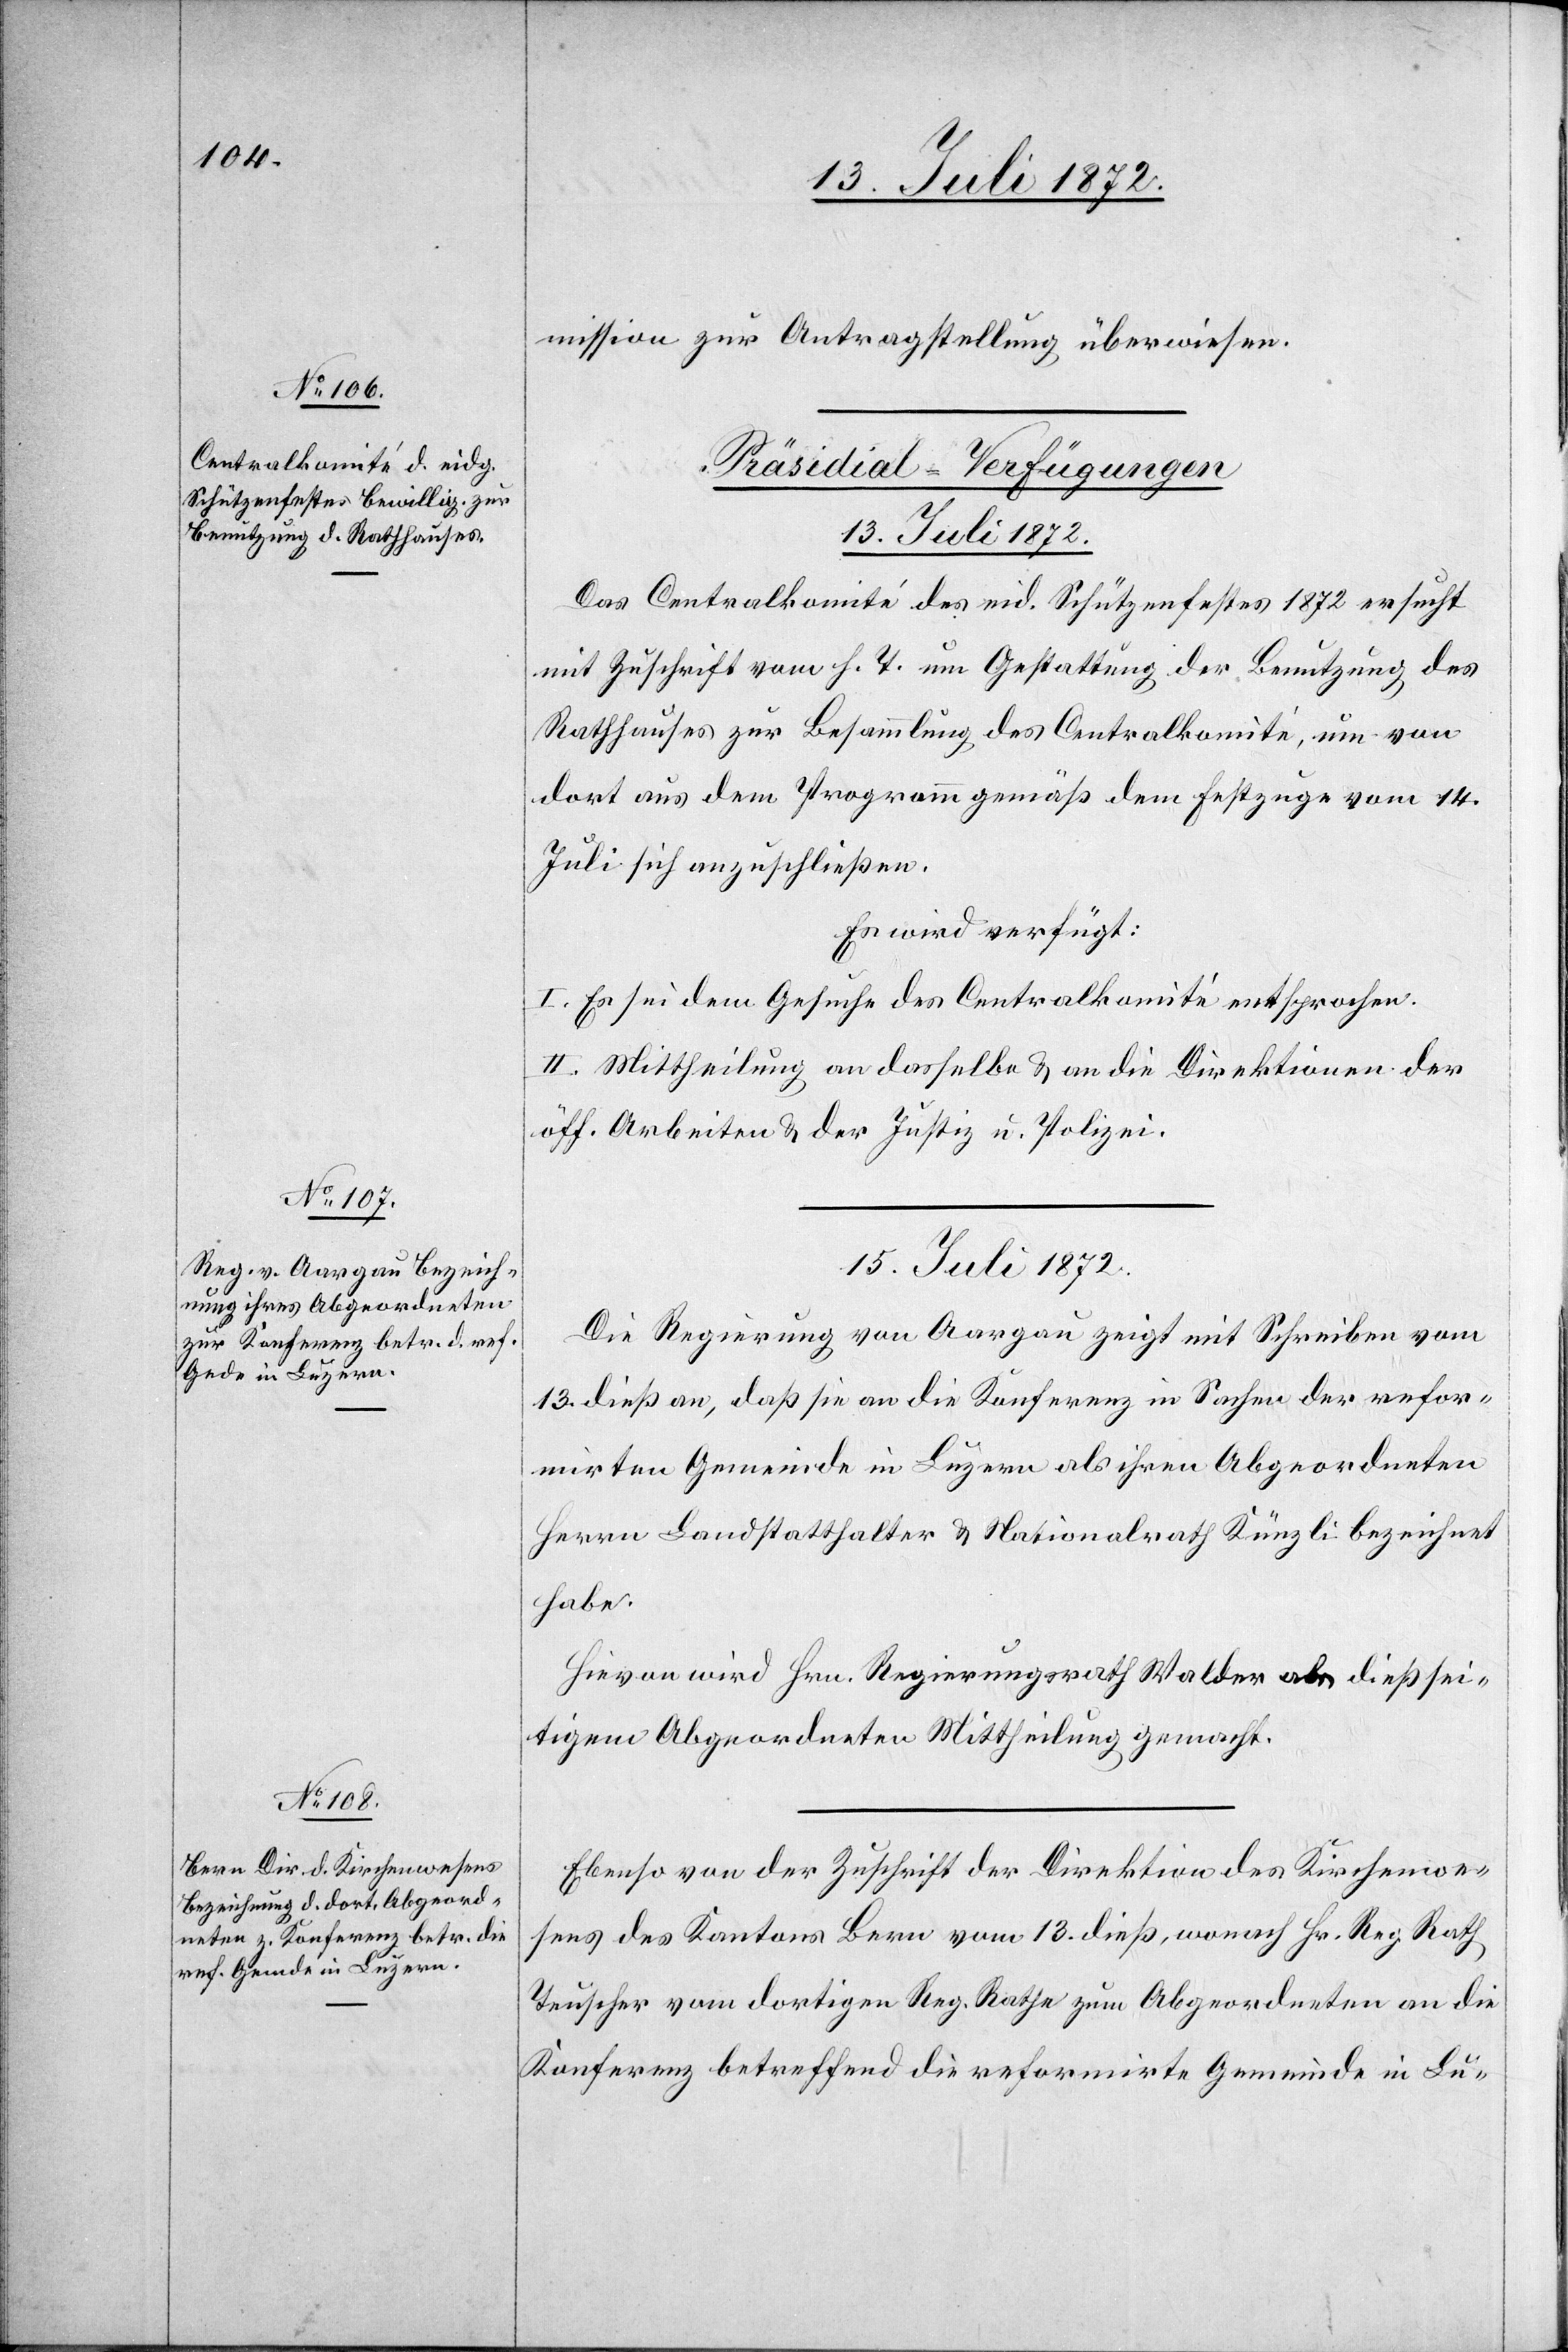
mission zur Antragstellung überwiesen.
[Präsidial-Verfügungen
13. Juli 1872.
Das Centralkomité des eid. Schützenfestes 1872 ersucht
mit Zuschrift vom h. T. um Gestattung der Benutzung des
Rathhauses zur Besammlung des Centralkomité, um von
dort aus dem Programm gemäß dem Festzuge vom 14.
Juli sich anzuschließen.
Es wird verfügt:
I. Es sei dem Gesuche des Centralkomité entsprochen.
II. Mittheilung an dasselbe u. an die Direktionen der
öff. Arbeiten u. der Justiz- u. Polizei.
15. Juli 1872.]
Die Regierung von Aargau zeigt mit Schreiben vom
13. dieß an, daß sie an die Konferenz in Sachen der refor¬
mirten Gemeinde in Luzern als ihren Abgeordneten
Herrn Landstatthalter u. Nationalrath Künzli bezeichnet
habe.
Hievon wird Hrn. Regierungsrath Walder als dießsei¬
tigem Abgeordneten Mittheilung gemacht.
Ebenso von der Zuschrift der Direktion des Kirchenwe¬
sens des Kantons Bern vom 13. dieß, wonach Hr. Reg Rath
Teuscher vom dortigen Reg. Rathe zum Abgeordneten an die
Konferenz betreffend die reformirte Gemeinde in Lu-